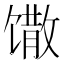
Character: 馓